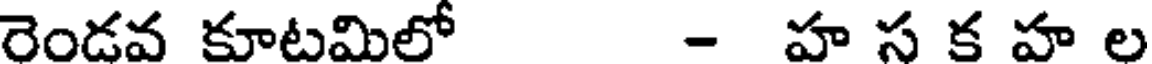
రెండవ కూటమిలో - హ స క హ ల